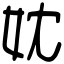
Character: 妉